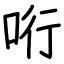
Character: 哘